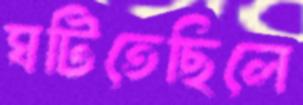
ঘটিতেছিলে